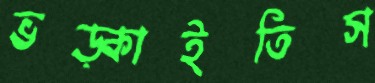
ভড়্‌কাইতিস